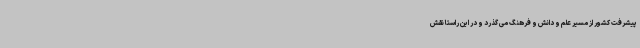
پیشرفت کشور از مسیر علم و دانش و فرهنگ می گذرد و در این راستا نقش